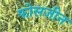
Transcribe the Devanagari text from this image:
फोसजीन